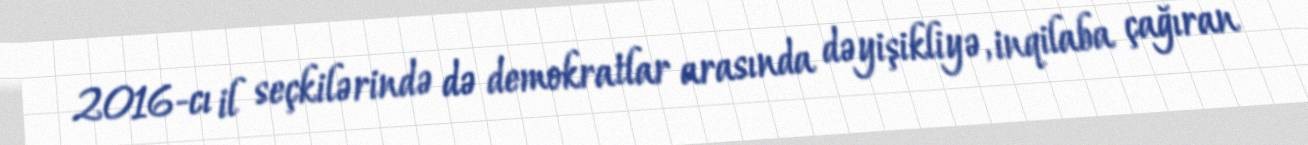
2016-cı il seçkilərində də demokratlar arasında dəyişikliyə, inqilaba çağıran